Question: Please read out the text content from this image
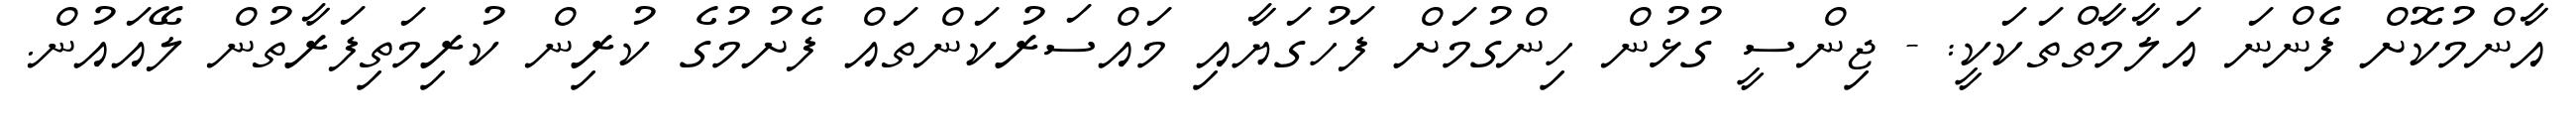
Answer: އާންމުކޮށް ފެންނަ އަލާމާތްތަކަކީ: - ޖިންސީ ގުޅުން ހިންގުމަށް ފަހުގަޔާއި މައްސަރުކަންތައް ފެށުމުގެ ކުރިން ކުރިމަތިފަރާތުން ލޭއައުން.